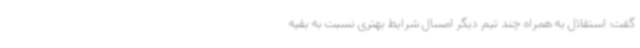
گفت: استقلال به همراه چند تیم دیگر امسال شرایط بهتری نسبت به بقیه